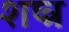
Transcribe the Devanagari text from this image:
शष्त्र